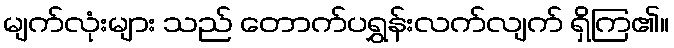
မျက်လုံးများ သည် တောက်ပရွှန်းလက်လျက် ရှိကြ၏။